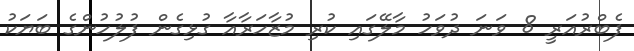
ފެބްރުއަރީ 8 ވަނަ ދުވަހު މާލޭގައި ކުރި މުޒާހަރާއާ ގުޅިގެން ފުލުހުންގެ ބަޔަކު